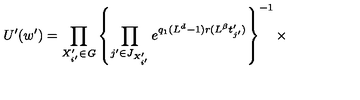
U ^ { \prime } ( w ^ { \prime } ) = \prod _ { X _ { i ^ { \prime } } ^ { \prime } \in { \it G } } \left\{ \prod _ { j ^ { \prime } \in J _ { X _ { i ^ { \prime } } ^ { \prime } } } e ^ { q _ { 1 } ( L ^ { d } - 1 ) r ( L ^ { \beta } t _ { j ^ { \prime } } ^ { \prime } ) } \right\} ^ { - 1 } \times